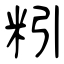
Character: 粌